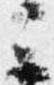
云